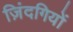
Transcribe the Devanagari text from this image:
ज़िंदगियों